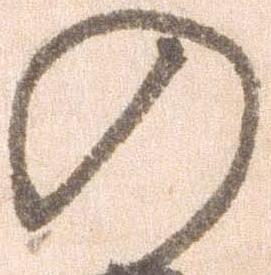
の